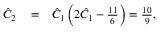
\begin{array} { r l r } { \hat { C } _ { 2 } } & { { } = } & { \hat { C } _ { 1 } \left( 2 \hat { C } _ { 1 } - \frac { 1 1 } { 6 } \right) = \frac { 1 0 } { 9 } , } \end{array}